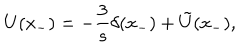
LaTeX: U ( x _ { - } ) = - \frac { 3 } { s } \delta ( x _ { - } ) + \tilde { U } ( x _ { - } ) ,